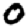
Digit: 0